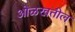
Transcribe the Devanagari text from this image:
ओळखतील